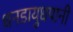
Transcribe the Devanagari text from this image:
धनडायुधपानी